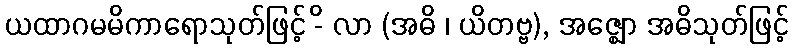
ယထာဂမမိကာရောသုတ်ဖြင့် -ိ လာ (အဓိ ၊ ယိတဗ္ဗ), အဇ္ဈော အဓိသုတ်ဖြင့်